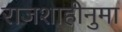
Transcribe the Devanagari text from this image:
राजशाहीनुमा